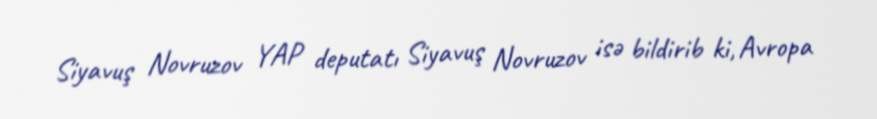
Siyavuş Novruzov YAP deputatı Siyavuş Novruzov isə bildirib ki, Avropa